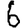
Digit: 6